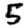
Digit: 5